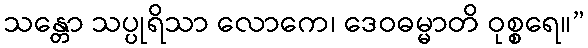
သန္တော သပ္ပုရိသာ လောကေ၊ ဒေဝဓမ္မာတိ ဝုစ္စရေ။”